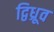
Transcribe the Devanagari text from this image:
द्विध्रूव